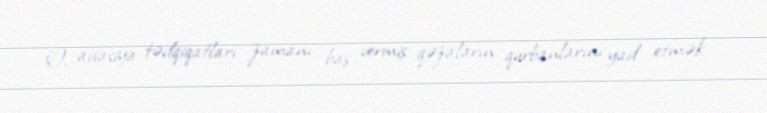
O, aviasiya tədqiqatları zamanı baş vermiş qəzaların qurbanlarını yad etmək